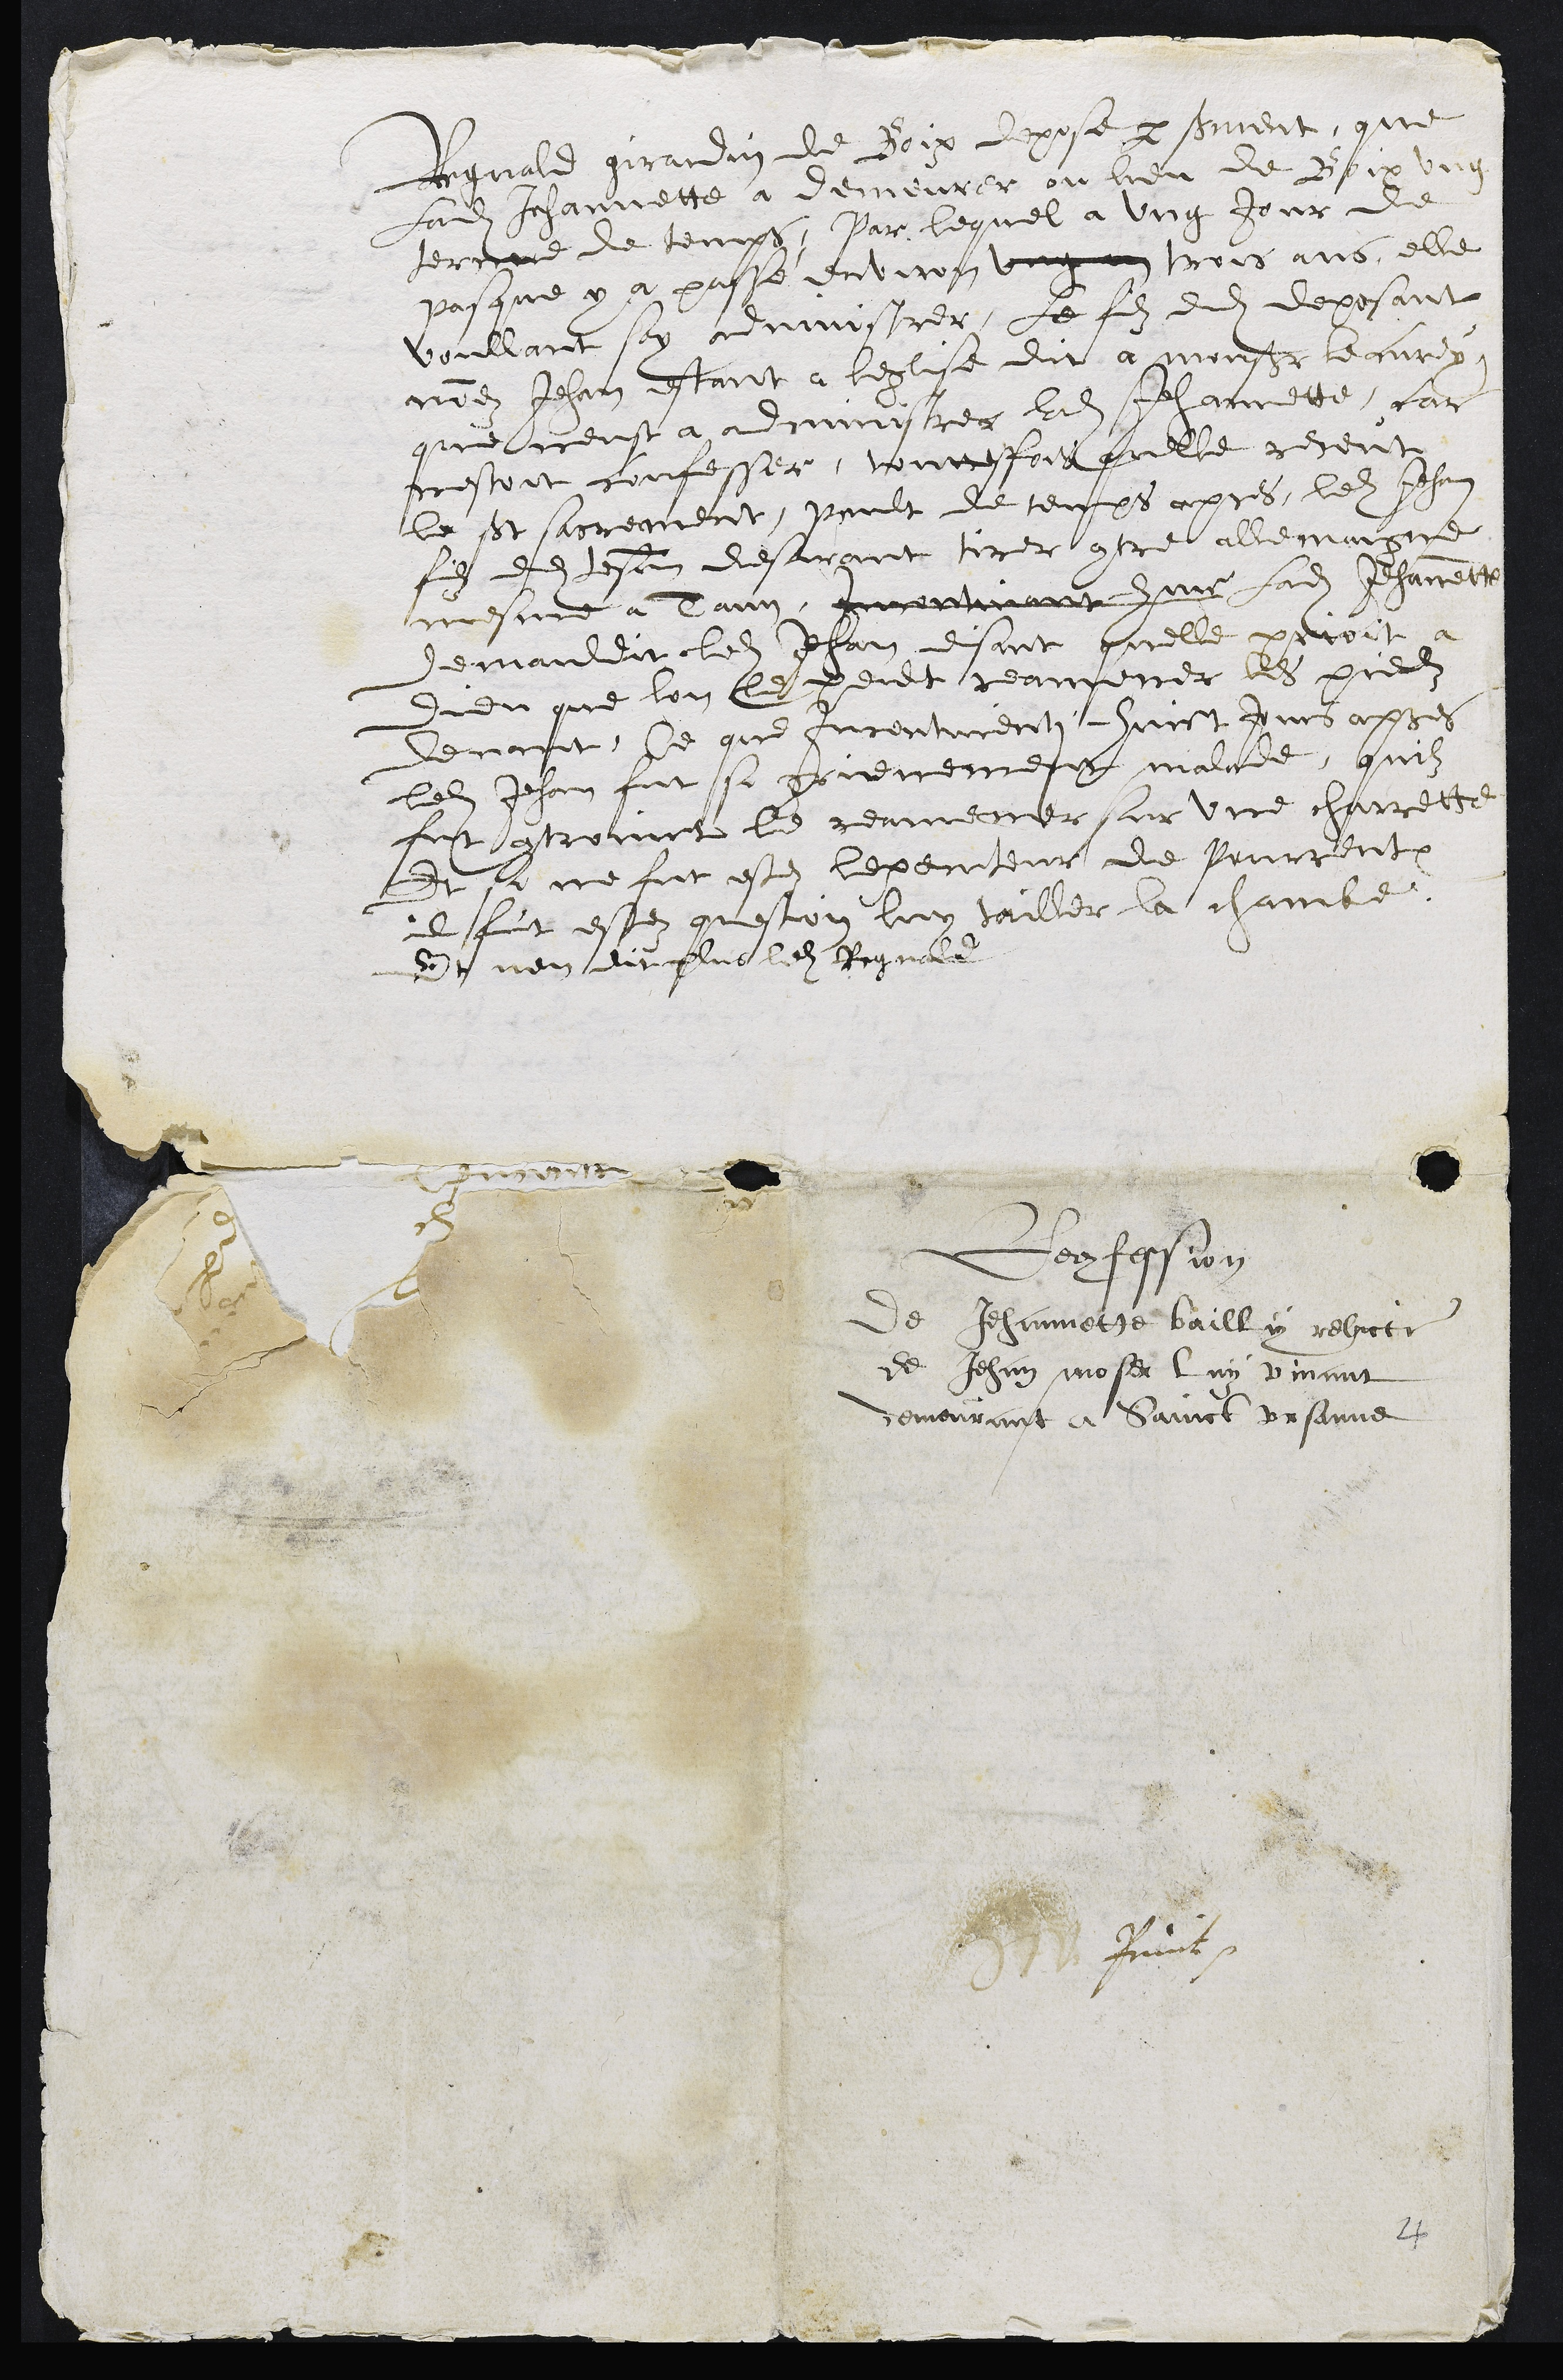
leguald girardin de doix depose par semment, que
ladite Jehannette à demeurer ou lieu de Boix ung
terme de temps, Par, lequel a ung jour de
pasque y à passe environ ung an trois ans elle
voullant son cnissrer, le filz dudit deposant
nidit Jehan fant à beglise dit a mansieur le curx,
que neust à ddminstrer ladite Jehannette far
nestoit confesser, touttefois quelle revent
le SSt sarrement, pailt de temps apres, ledit Jehan
filz dudit Jesan desurgnr ter conre allemaigne
mesme a laun, murant dun ladite Jehanett
demanddit ledit Jehan disant quelle peroit
didu que lon les pevt reamener les predi
denaft, Ce que furenturentz fuict jurs apses
ledit Jehan fut si gonemement malade, quilz
fut controint le remerer sur une charrette
Et se ne fut estez repenteur de Pourrentruy
i fut estez questoit luy vailler la chambe.
Suert nen dit plus ledit Rignald

Serfesion
de Jehannette bailly relucte
de Jehan moser luy piant
demourant a Sainct Ursanne
E Pic